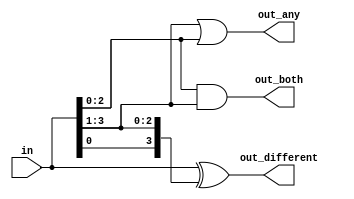
module top_module( 
    input [3:0] in,
    output [2:0] out_both,
    output [3:1] out_any,
    output [3:0] out_different );

  assign out_both[2:0] = in[2:0] & in[3:1];
  assign out_any[3:1] = in[3:1] | in[2:0];
  assign out_different[3:0] = in[3:0] ^ {in[0],in[3:1]};
// 0  1 -> xor(^)

/*
  genvar i1, i2, i3;
  generate
    for(i1=0;i1<$bits(in)-1;i1=i1+1) begin: both
      assign out_both[i1] = in[i1] & in[i1+1];
    end

    for(i2=1;i2<$bits(in);i2=i2+1) begin: any
      assign out_any[i2] = in[i2] | in[i2-1];
    end

    for(i3=0;i3<$bits(in)-1;i3=i3+1) begin: different
      assign out_different[i3] = ~(in[i3] == in[i3+1]);
    end
  endgenerate

  assign out_different[3] = ~(in[3] == in[0]);
*/

endmodule